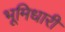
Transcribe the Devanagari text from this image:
भूमिधारी